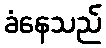
ခံနေသည်